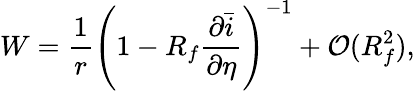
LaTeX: W=\frac{1}{r}\left(1-R_{f}\frac{\partial\bar{i}}{\partial\eta}\right)^{-1}+\mathcal{O}(R_{f}^{2}),